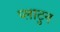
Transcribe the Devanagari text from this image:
प्लाटुन